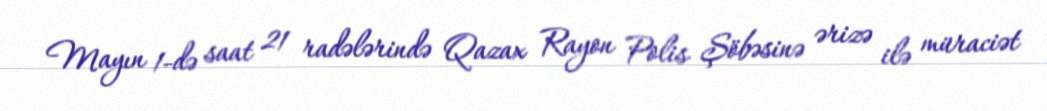
Mayın 1-də saat 21 radələrində Qazax Rayon Polis Şöbəsinə ərizə ilə müraciət